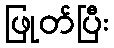
ဖြုတ်ပြီး